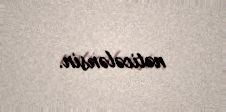
nəticələnsin.